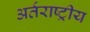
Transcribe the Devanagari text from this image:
अर्तराष्ट्रीय